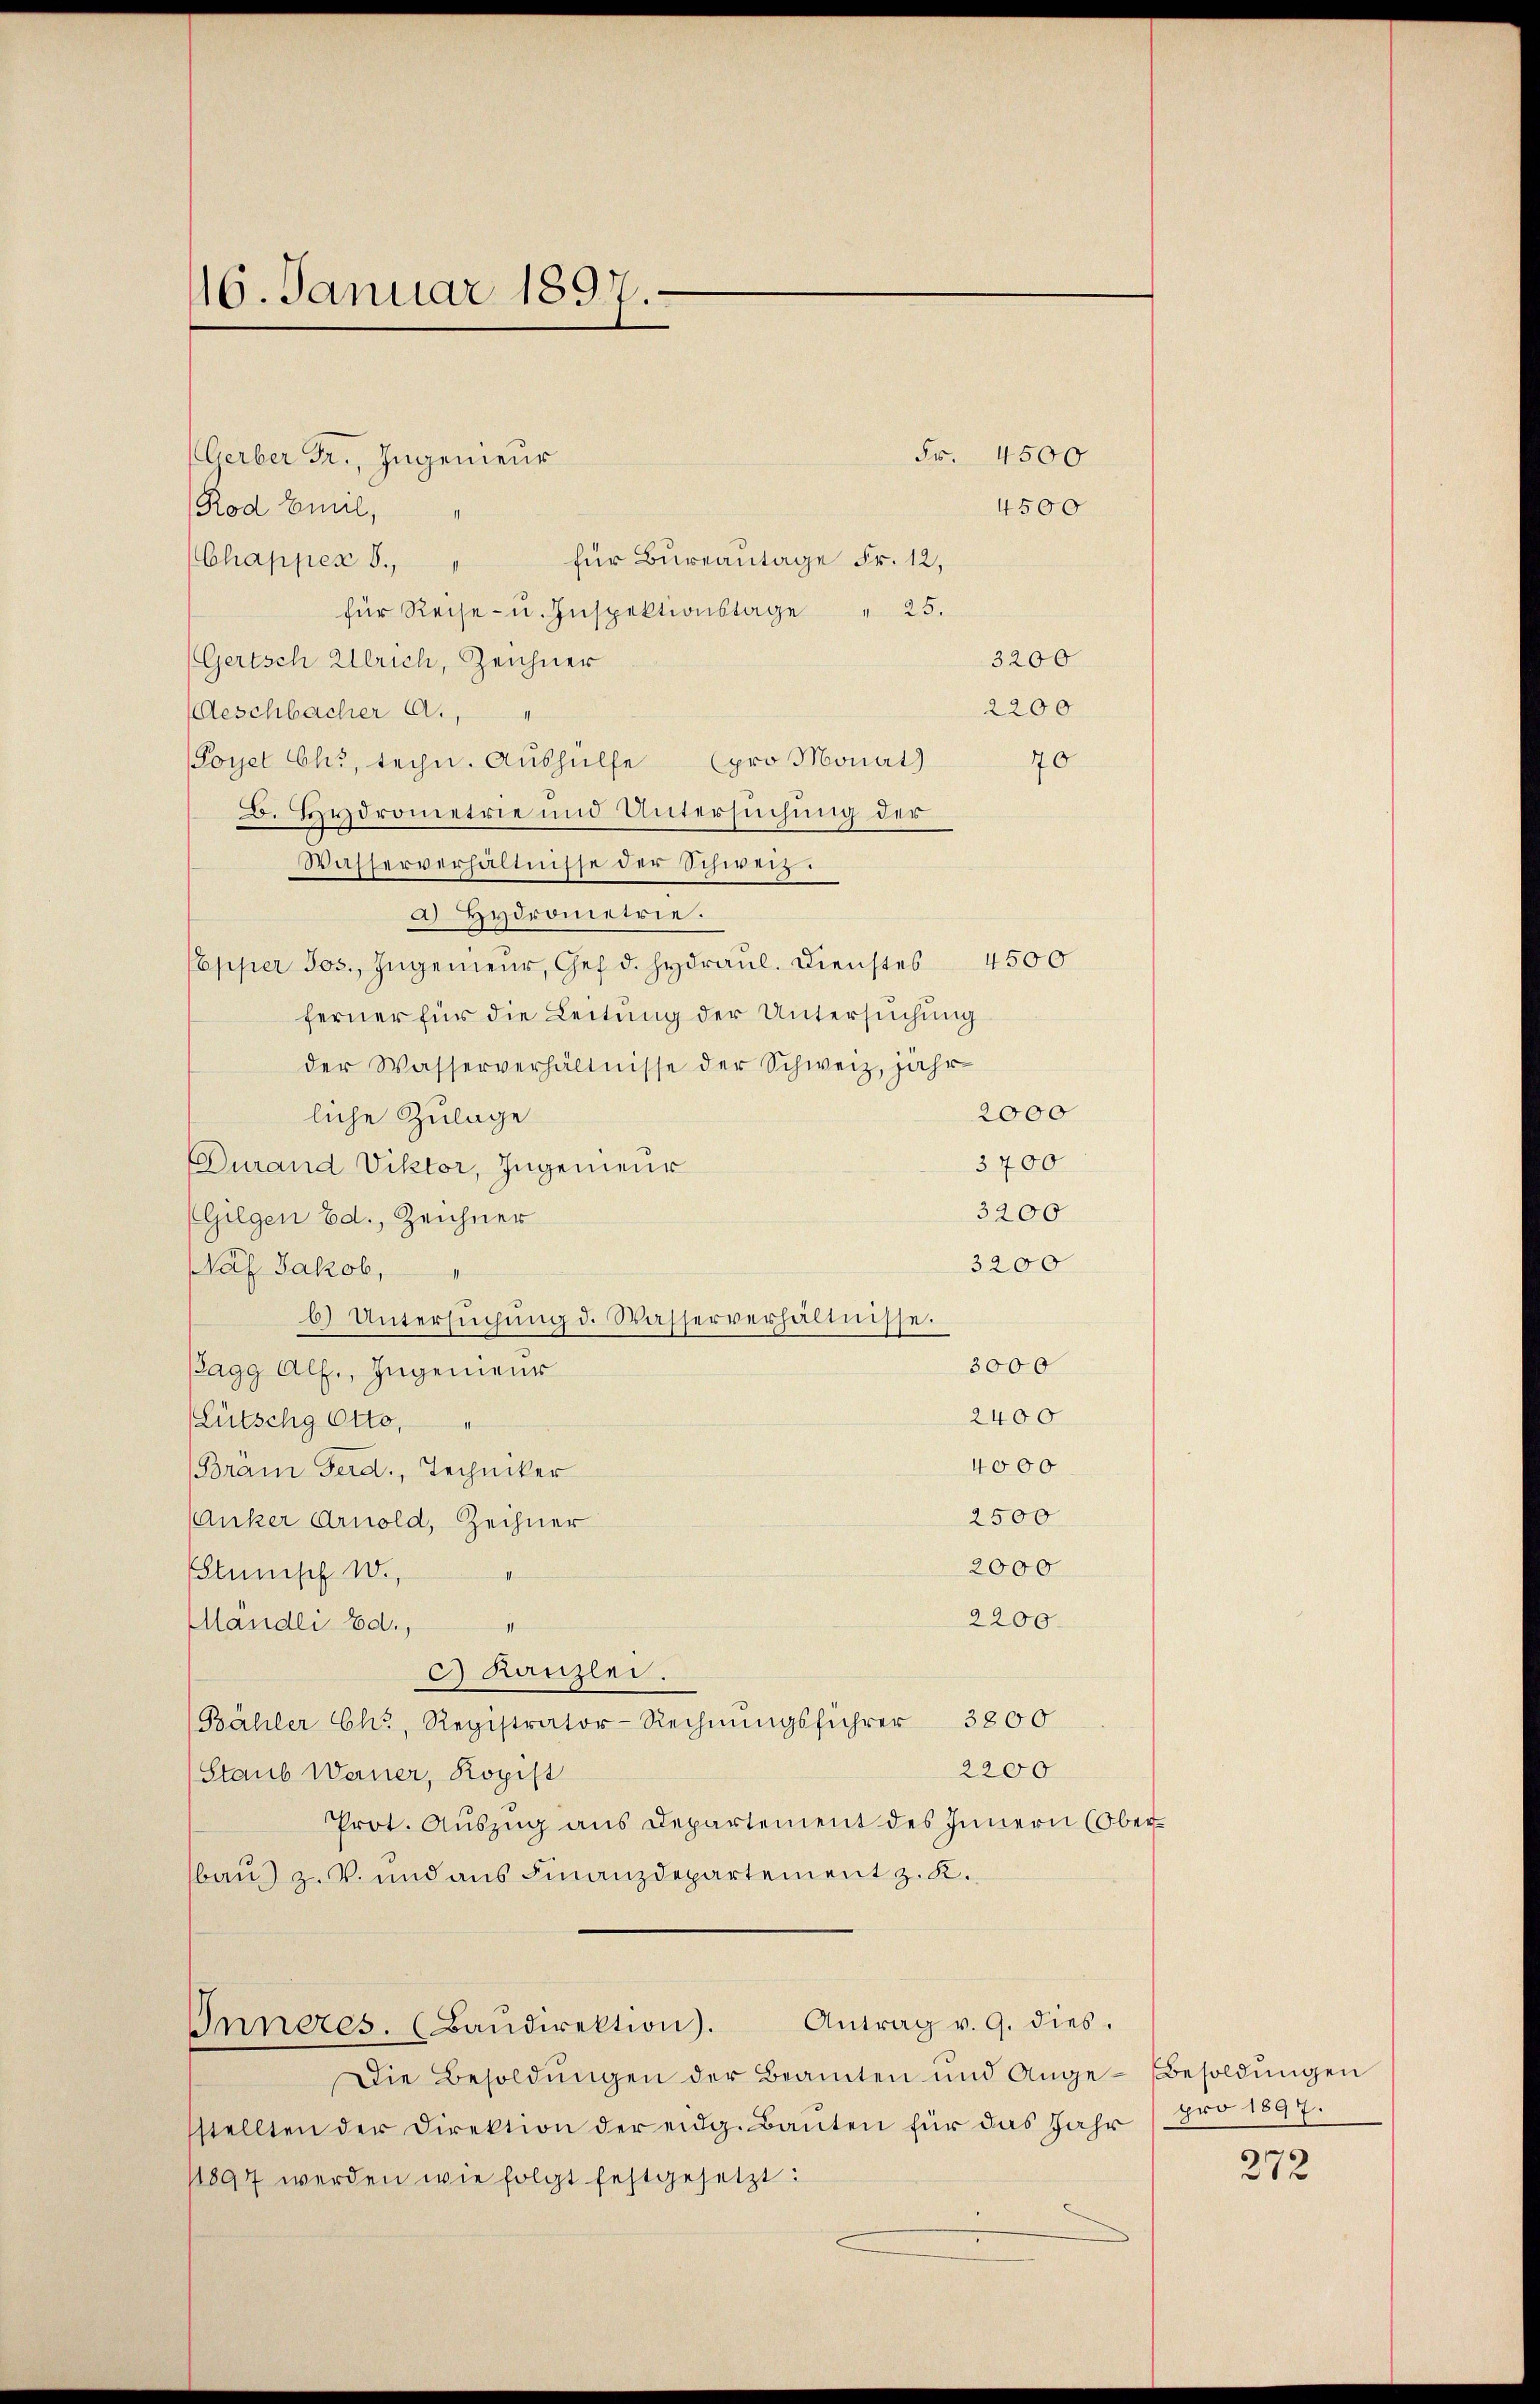
16. Januar 1897.

(Gerber Fr., Ingenieur
Rod Emil,
für Bureautage Fr. 12,
Chappes 8.
für Reise- u. Inspektionstage  "  25.
3200
Gertsch Ulrich, Zeichner
2200
Aeschbacher A.,
Poyel Chr, techn. Aushülfe (pro Monat)
70
D. Hydrometrie und Untersuchung der
Wasserverhältnisse der Schweiz.
a) Hydrometrie.
Epper Jos. Ingenieŭr, Ges. d. Hydraŭl. Dienstes 4500
ferner für die Leitung der Untersuchung
der Wasserverhältnisse der Schweiz, jähr-
2000
liche Zulage
3700
Durand Viktor, Ingenieur
3200
(Gilgen Ed., Zeichner
3200
olf Jakob,
6) Untersŭchŭng d. Wasserverhältnisse.
3000
Bagg Alf., Ingenieur
2400
Lütschg Otto,
4000
Bräm Ferd., Techniker
2500
Anker Arnold, Zeichner
2000
EStumpf 10.
i
2200.
Mändli Ed.,
t
c Kanzlei.
Bähler Ch., Registrator-Rechnŭngsführer 3800
2200
Staub Warner, Kopist
Prot. Aŭszŭg ans Departement des Innern (Oberbau) z. B. und aus Finanzdepartement z. K.
Inneres. (Baŭdirektion). Antrag v. 9. dies.
Die Besoldŭngen der Beamten und Ange-Besoldŭngen
stellten der Direktion der eidg. Bauten für das Jahr (pro 1897.
11897 werden wie folgt festgesetzt:

Fr. 4500
4500

272